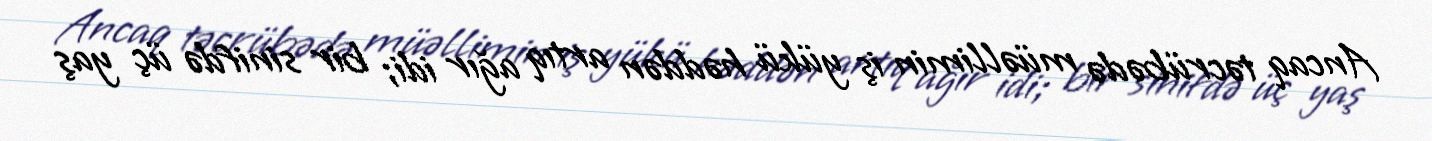
Ancaq təcrübədə müəllimin iş yükü həddən artıq ağır idi; bir sinifdə üç yaş